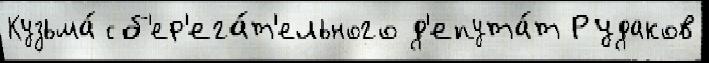
Кузьма́ сб'ер'ега́т'ельного д'епута́т Рудаков